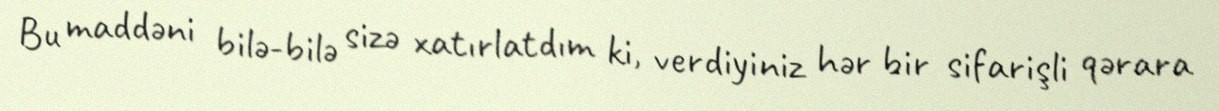
Bu maddəni bilə-bilə sizə xatırlatdım ki, verdiyiniz hər bir sifarişli qərara